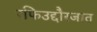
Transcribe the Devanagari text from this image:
रफिउद्दौरजात